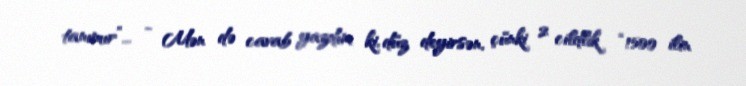
tanımır”... - Mən də cavab yazdım ki, düz deyirsən, çünki 2 cildlik “1500 ilin